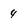
Character: 4